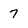
Character: 7